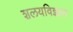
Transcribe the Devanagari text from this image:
शलयविज्ञान